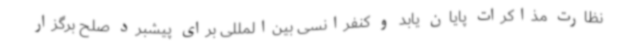
نظارت مذاکرات پایان یابد و کنفرانسی بین‌المللی برای پیشبرد صلح برگزار